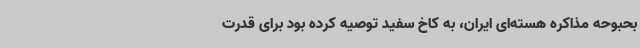
بحبوحه مذاکره هسته‌ای ایران، به کاخ سفید توصیه کرده بود برای قدرت